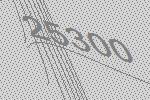
25300